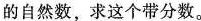
的自然数，求这个带分数。